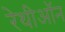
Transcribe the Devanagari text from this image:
रेथीऑन